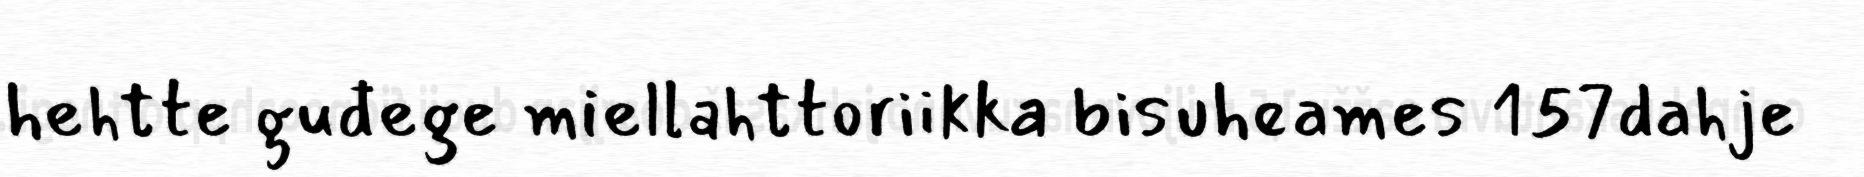
hehtte guđege miellahttoriikka bisuheames 157dahje